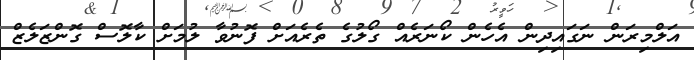
އަލްމިރަން ނަގައިދިން އެހެން ކޯނަރެއް ގޯލުގެ ތެރެއަށް ފޮނުވާ ލުމަށް ކާލޮސް ގޮންޒަލެޒް